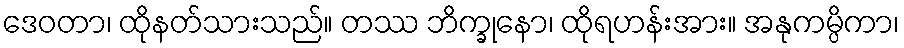
ဒေဝတာ၊ ထိုနတ်သားသည်။ တဿ ဘိက္ခုနော၊ ထိုရဟန်းအား။ အနုကမ္ပိကာ၊